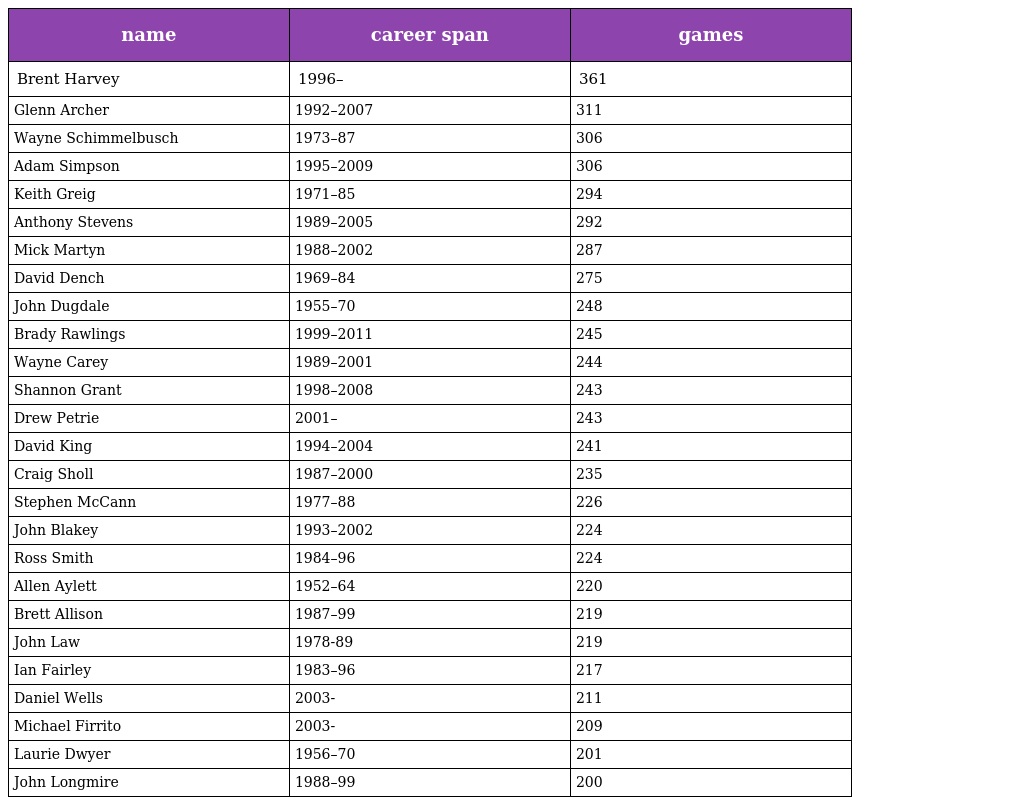
| name | career span | games |
 | --- | --- | --- |
 | Brent Harvey | 1996– | 361 |
 | Glenn Archer | 1992–2007 | 311 |
 | Wayne Schimmelbusch | 1973–87 | 306 |
 | Adam Simpson | 1995–2009 | 306 |
 | Keith Greig | 1971–85 | 294 |
 | Anthony Stevens | 1989–2005 | 292 |
 | Mick Martyn | 1988–2002 | 287 |
 | David Dench | 1969–84 | 275 |
 | John Dugdale | 1955–70 | 248 |
 | Brady Rawlings | 1999–2011 | 245 |
 | Wayne Carey | 1989–2001 | 244 |
 | Shannon Grant | 1998–2008 | 243 |
 | Drew Petrie | 2001– | 243 |
 | David King | 1994–2004 | 241 |
 | Craig Sholl | 1987–2000 | 235 |
 | Stephen McCann | 1977–88 | 226 |
 | John Blakey | 1993–2002 | 224 |
 | Ross Smith | 1984–96 | 224 |
 | Allen Aylett | 1952–64 | 220 |
 | Brett Allison | 1987–99 | 219 |
 | John Law | 1978-89 | 219 |
 | Ian Fairley | 1983–96 | 217 |
 | Daniel Wells | 2003- | 211 |
 | Michael Firrito | 2003- | 209 |
 | Laurie Dwyer | 1956–70 | 201 |
 | John Longmire | 1988–99 | 200 |